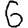
Digit: 6